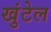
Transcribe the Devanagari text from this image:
खुंटेल